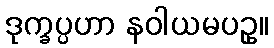
ဒုက္ခပ္ပဟာ နဝါယမပဥှ။